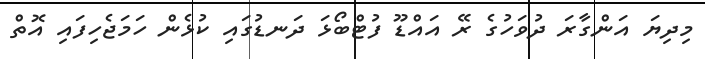
މިދިޔަ އަންގާރަ ދުވަހުގެ ރޭ އައްޑޫ ފުޓްބޯޅަ ދަނޑުގައި ކުޅެން ހަމަޖެހިފައި އޮތް